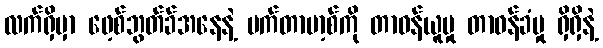
လက်ရှိမှာ ဖေ့စ်ဘွတ်ခ်အနေနဲ့ မက်တာဗာ့စ်ကို တာဝန်ယူမှု တာဝန်ခံမှု ရှိရှိနဲ့